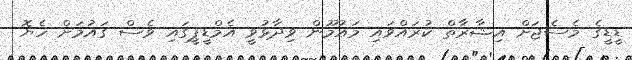
ޑީޑީގެ މެސެޖަށް އިޝާރާތް ކުރައްވައި މައުމޫން ވިދާޅުވީ އެމްޑީޕީގައި ވެސް ގައުމަށް ހެޔޮ